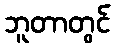
ဘူတာတွင်